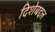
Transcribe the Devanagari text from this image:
दिशेबद्दल